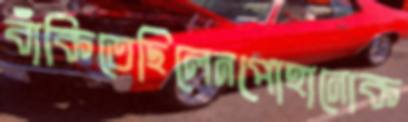
বাঁকিতেছিলেনপোহানোক